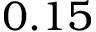
0 . 1 5